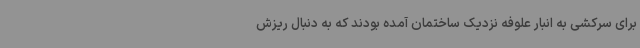
برای سرکشی به انبار علوفه نزدیک ساختمان آمده بودند که به دنبال ریزش